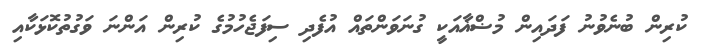
ކުރިން ބުނެވުނު ފަދައިން މުޟްޣާއަކީ ގުނަވަންތައް އުފެދި ސިފަޖެހުމުގެ ކުރިން އަންނަ ވަގުތުކޮޅަކާއި